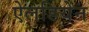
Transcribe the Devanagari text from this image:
ऐलडियेन